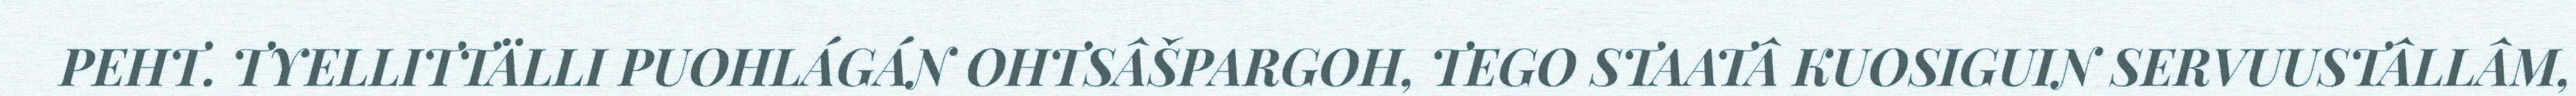
PEHT. TYELLITTÄLLI PUOHLÁGÁN OHTSÂŠPARGOH, TEGO STAATÂ KUOSIGUIN SERVUUSTÂLLÂM,